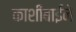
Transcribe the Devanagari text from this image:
काशीबाईने